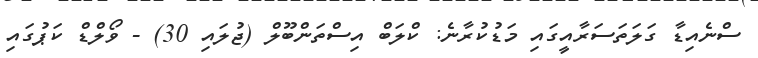
ސްނެއިޑާ ގަލަތަސަރާއީގައި މަޑުކުރާނެ: ކްލަބް އިސްތަންބޫލް (ޖުލައި 30) - ވޯލްޑް ކަޕުގައި